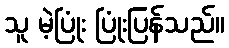
သူ မဲ့ပြုံး ပြုံးပြန်သည်။